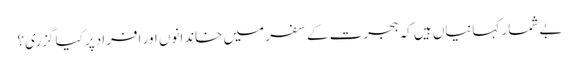
بے شمار کہانیاں ہیں کہ ہجرت کے سفر میں خاندانوں اور افراد پرکیا گزری؟